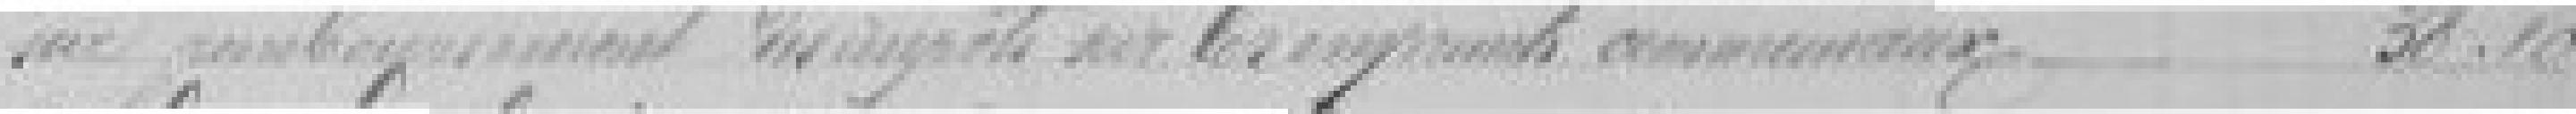
sur remboursement des impôts sur les emprunts communaux    38,10